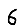
Digit: 6